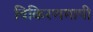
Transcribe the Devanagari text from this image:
विकिरणमापी